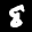
Label: 8